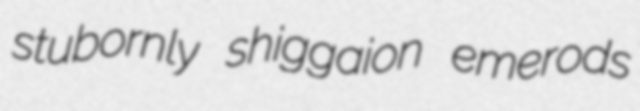
stubornly shiggaion emerods